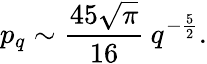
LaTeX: p_{q}\sim\frac{45\sqrt{\pi}}{16}\: q^{-\frac{5}{2}}.